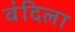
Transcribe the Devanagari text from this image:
वंदिला